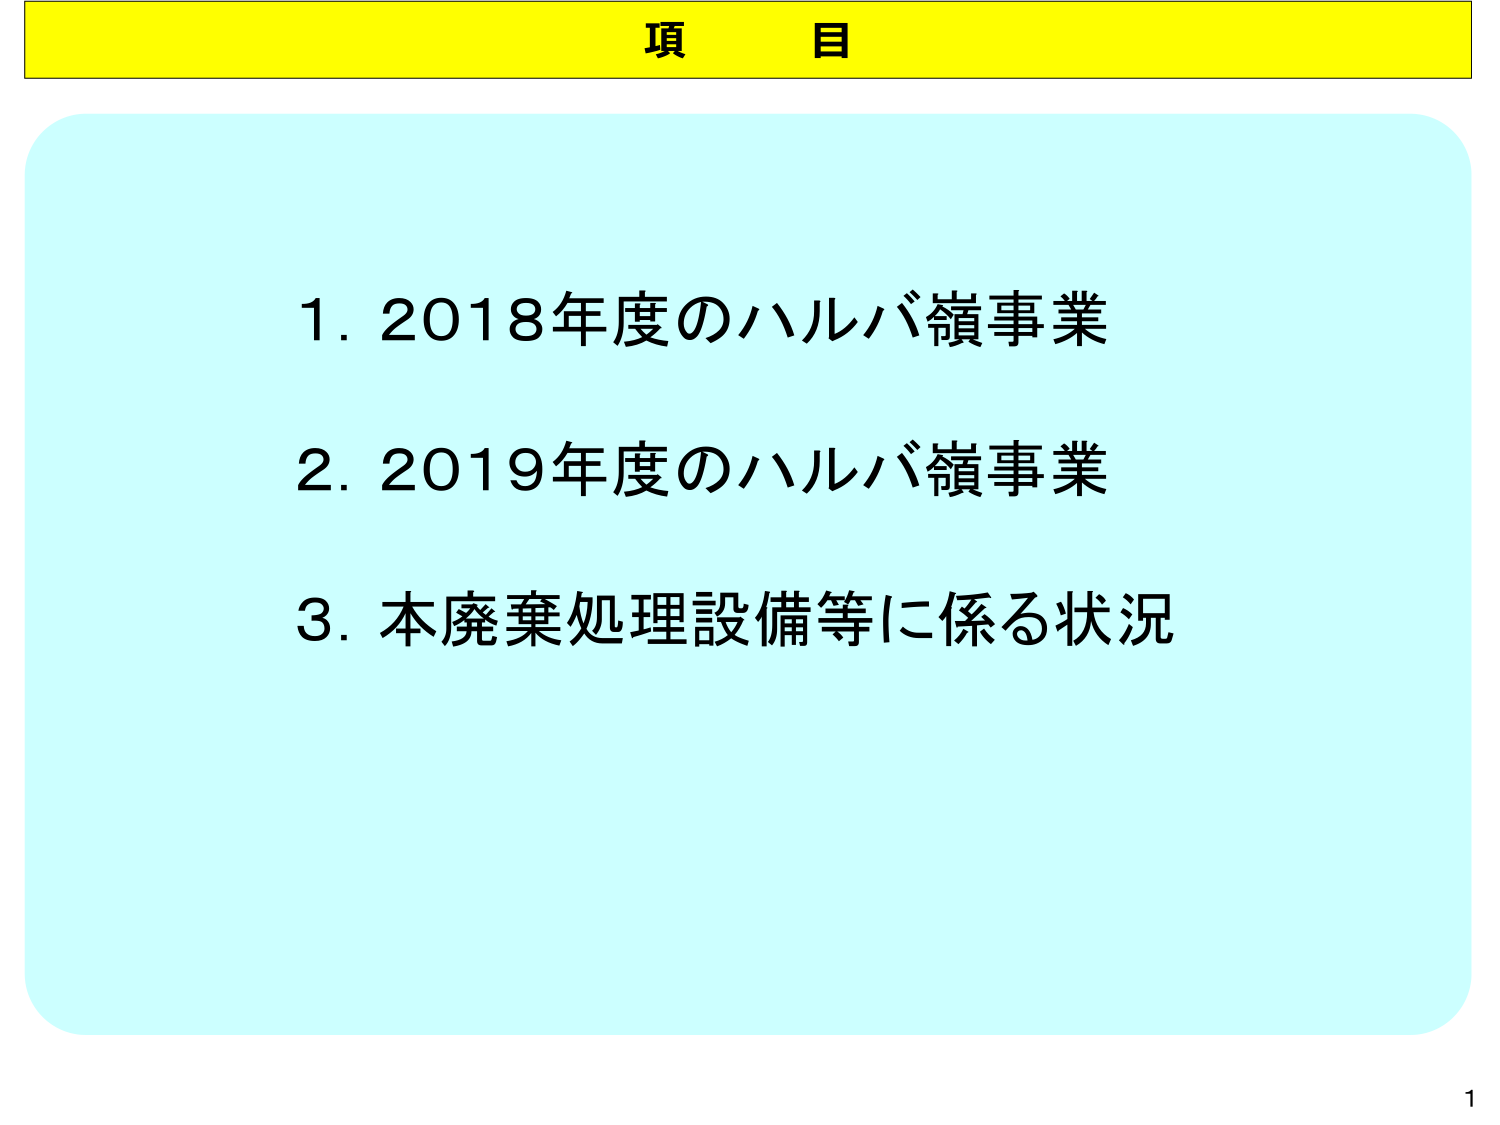
頂　目

1. 2018年度のハルバ嶺事業
2. 2019年度のハルバ嶺事業
3. 本廃棄処理設備等に係る状況

1